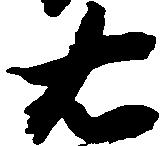
右